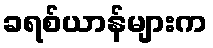
ခရစ်ယာန်များက